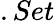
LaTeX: .Set